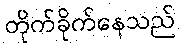
တိုက်ခိုက်နေသည်